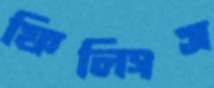
ফিলিংস